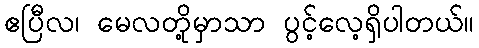
ဧပြီလ၊ မေလတို့မှာသာ ပွင့်လေ့ရှိပါတယ်။